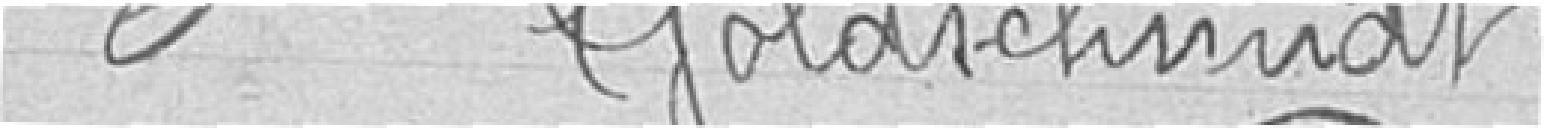
6. GOLDSMIDT